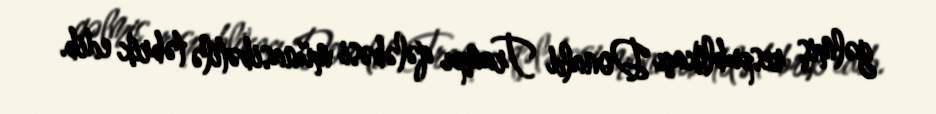
gəlmiş respublikaçı Donald Trampı qələbəsi münasibətilə təbrik edib.